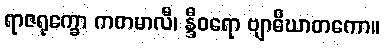
ရာဇရုက္ခော ကတမာလီ၊ န္ဒီဝရော ဗျာဓိဃာတကော။